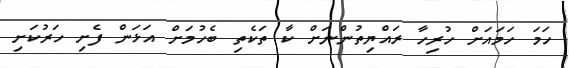
ހަމަ ހަމައަށް ހުރިހާ ރައްޔިތުންނަށް ކާ ތަކެތި ބެހުމަށް އަޅަން ފެށި ހަރުކަށި